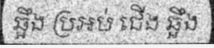
ឆ្អឹង ប្រអប់ ជើង ឆ្អឹង